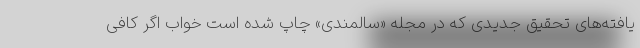
یافته‌های تحقیق جدیدی که در مجله «سالمندی» چاپ شده است خواب اگر کافی